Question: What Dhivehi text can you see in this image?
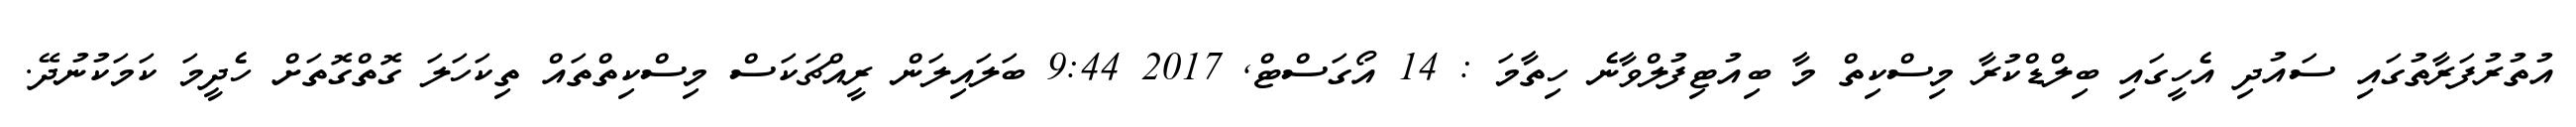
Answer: އުތުރުފަރާތުގައި ސައުދި އެހީގައި ބިލްޑްކުރާ މިސްކިތް މާ ބިއުޓިފުލްވާނެ ހިތާމަ : 14 އޯގަސްޓް, 2017 9:44 ބަލައިލަން ރީއްޗަކަސް މިސްކިތްތައް ތިކަހަލަ ގޮތްގޮތަށް ހެދީމަ ކަމަކުނުދޭ.